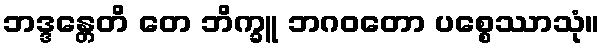
ဘဒ္ဒန္တေတိ တေ ဘိက္ခူ ဘဂဝတော ပစ္စေဿာသုံ။